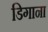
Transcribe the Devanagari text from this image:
डिगाना